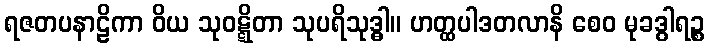
ရဇတပနာဠိကာ ဝိယ သုဝဋ္ဋိတာ သုပရိသုဒ္ဓါ။ ဟတ္ထပါဒတလာနိ စေဝ မုခဒွါရဉ္စ